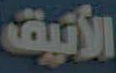
الأنيق